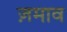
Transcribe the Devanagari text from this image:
ज़माव